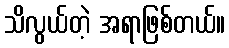
သိလွယ်တဲ့ အရာဖြစ်တယ်။